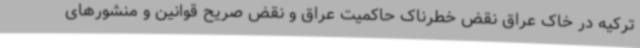
ترکیه در خاک عراق نقض خطرناک حاکمیت عراق و نقض صریح قوانین و منشورهای